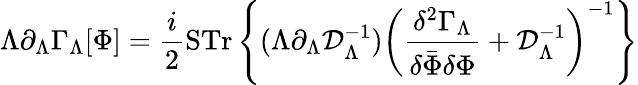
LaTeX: \Lambda\partial_{\Lambda}\Gamma_{\Lambda}[\Phi]=\frac{i}{2}\mathrm{STr}\left\{ (\Lambda\partial_{\Lambda}{\cal D}_{\Lambda}^{-1})\left(\frac{\delta^{2}\Gamma_{\Lambda}}{\delta\bar{\Phi}\delta\Phi}+{\cal D}_{\Lambda}^{-1}\right)^{-1}\right\}